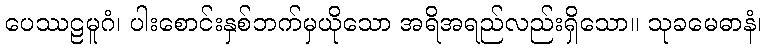
ပေဿဠမူဂံ၊ ပါးစောင်းနှစ်ဘက်မှယိုသော အရိအရည်လည်းရှိသော။ သုခမေဓာနံ၊